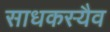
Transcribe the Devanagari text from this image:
साधकस्यैव